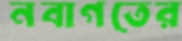
নবাগতের